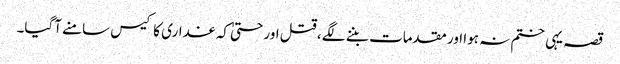
قصہ یہی ختم نہ ہوا اور مقدمات بننے لگے ، قتل اور حتیٰ کہ غداری کا کیس سامنے آگیا۔